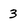
Character: 3